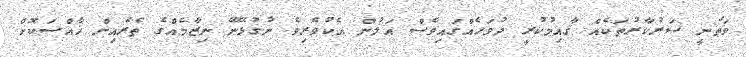
ވަޠަނީ ސަރުކާރުތަކެއް ޤާއިމުކުރީ ދުވަހެއްގައިވެސް އަލުން އެކުވެރިވެ ނުގުޅޭނޭ ނިޒާމެއްގެ ތެރެއިން ޚާއްސަކޮށް